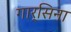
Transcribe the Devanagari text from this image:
गार्सिना